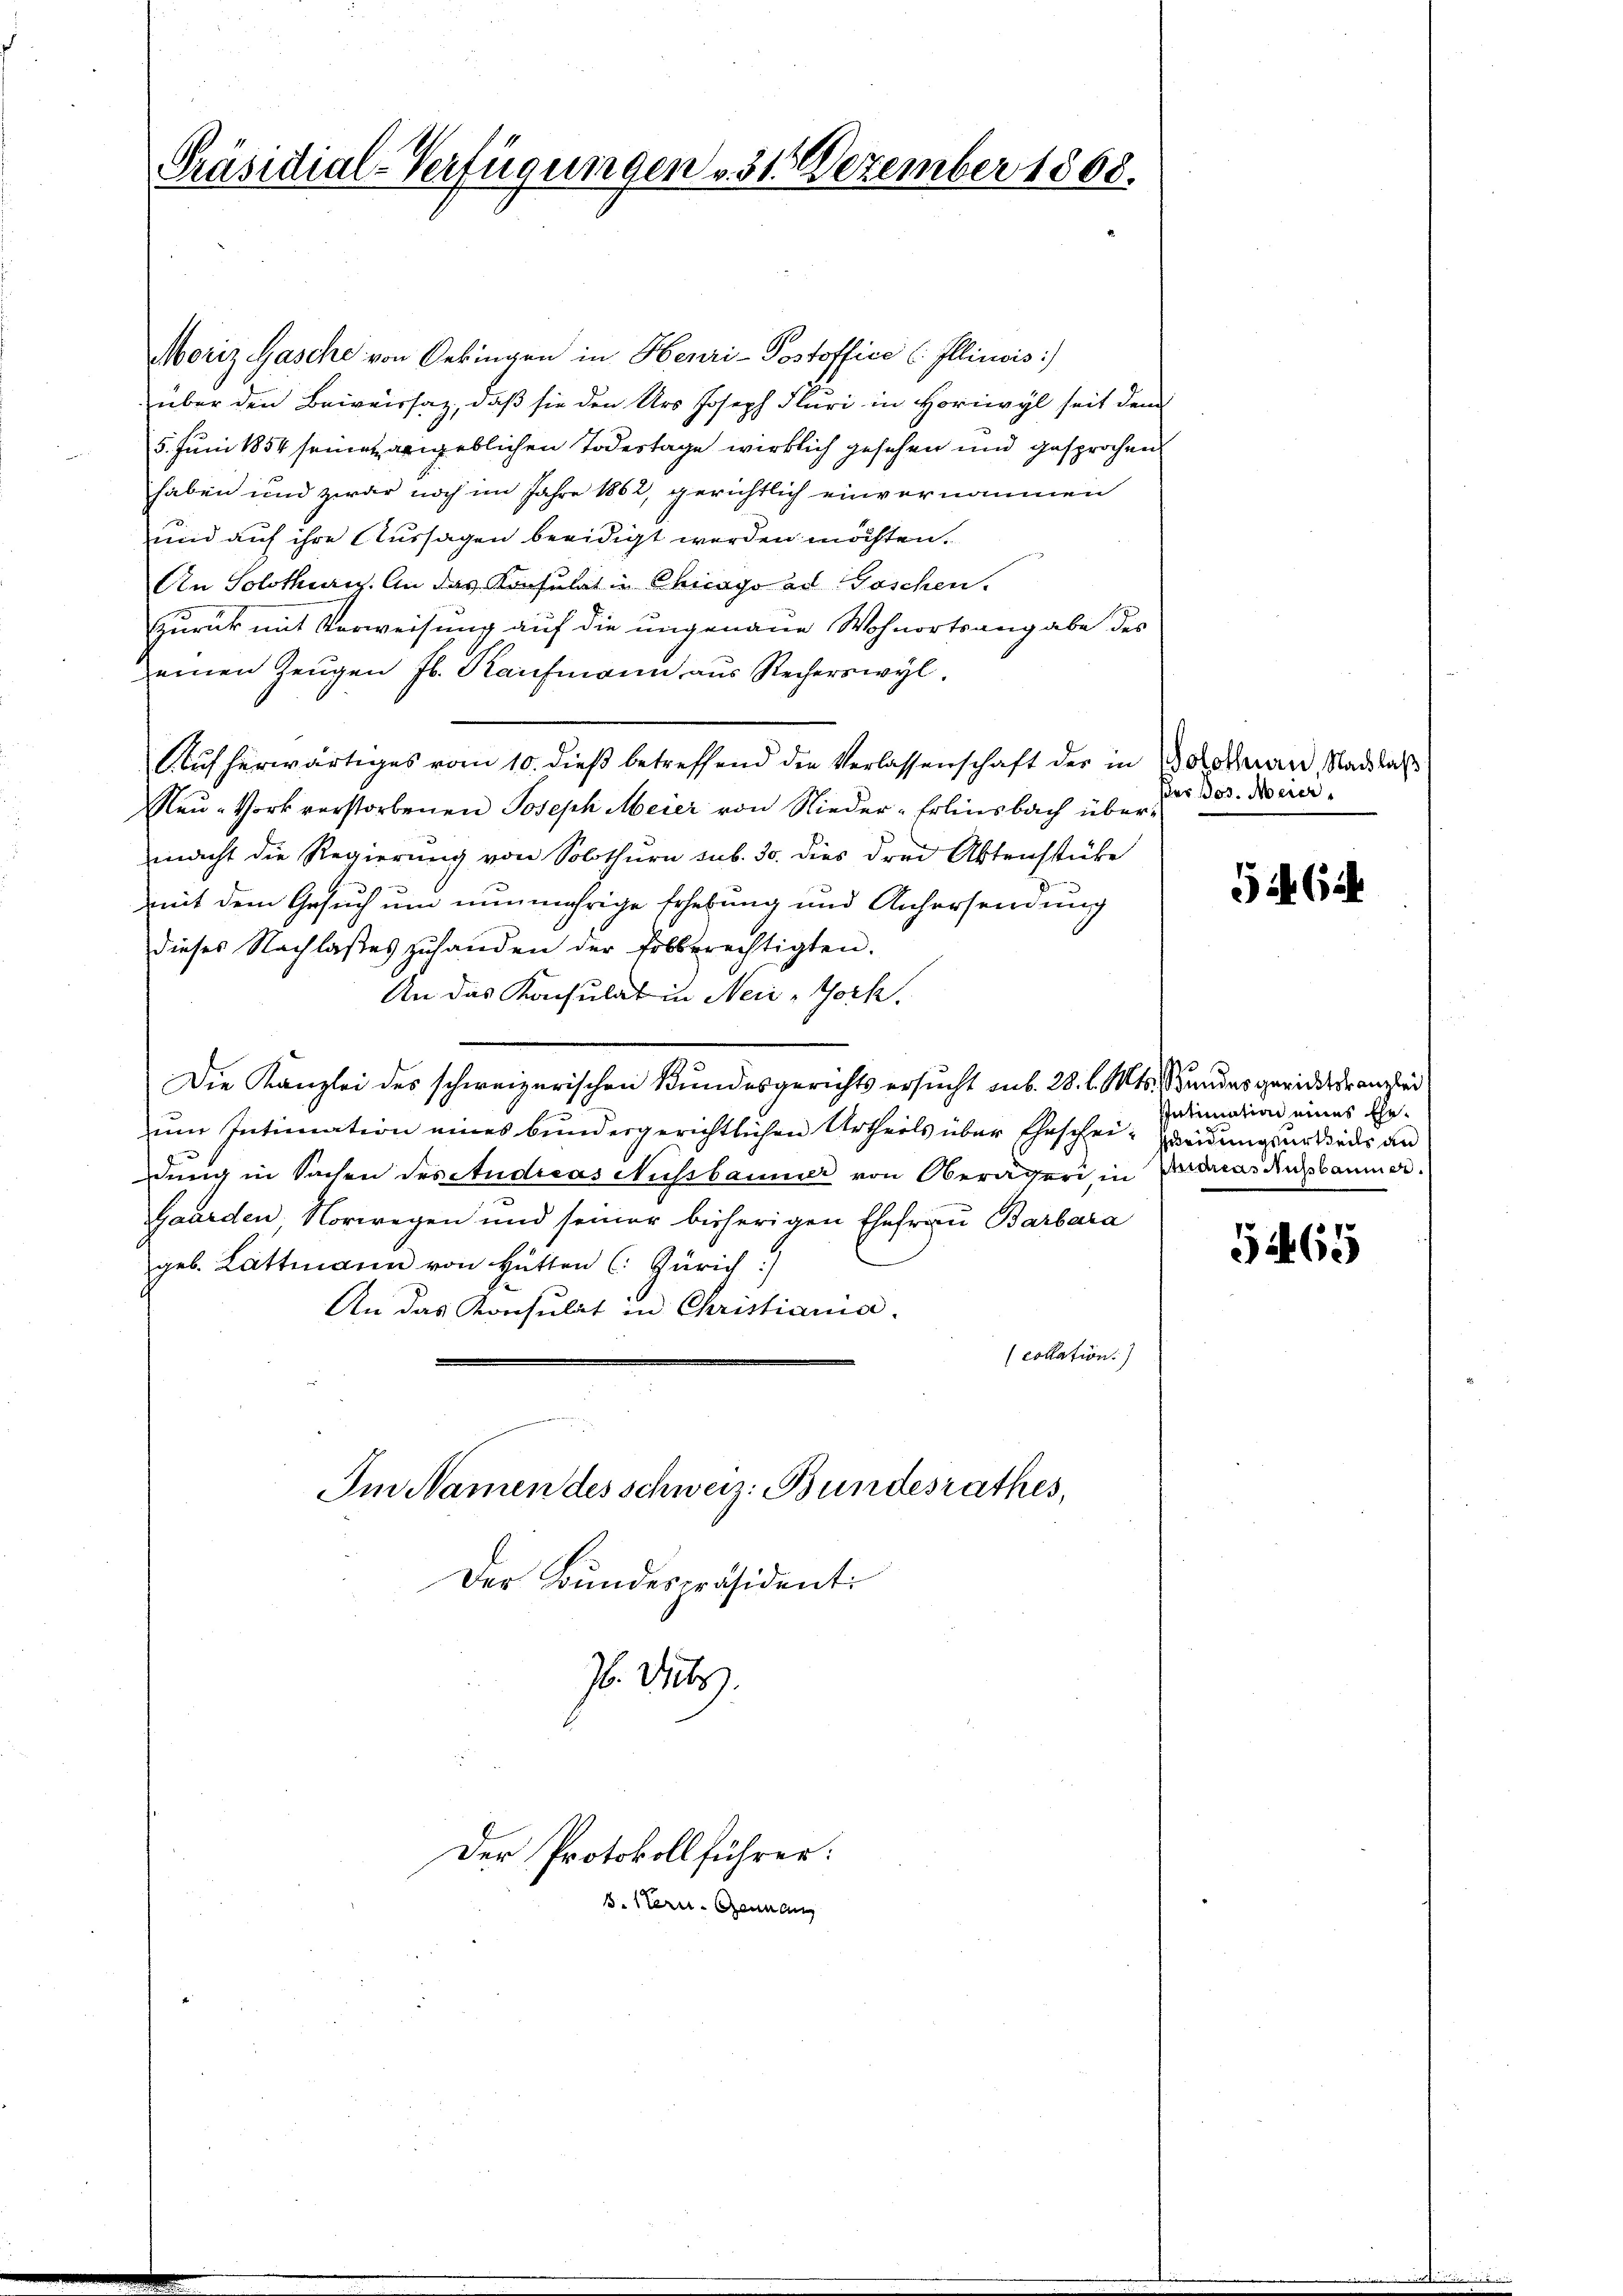
Präsidial-Verfügungen v. 31. Dezember 1868.

Moriz Hasche von Oekingen in Henri-Postoffice (Illinois
über den Beiversaz, daß sie den Urs Joseph Fluri in Horwyl seit dem
5. Juni 1854 seine angeblichen Todestage wirklich gesehen und gesprochen
haben und zwar noch im Jahre 1862, gerichtlich einvernommen
und auf ihre Aussagen beeidigt werden möchten.
An Solothurn. An das Konsulat in Chicago ad Goschen.
Zurück mit Verweisung auf die ungenaue Wohnortsangabe des
einen Zeŭgen fl. Kaufmann aus Recherswyl,
Kauf herwärtiges vom 10. dieβ betreffend den Verlassenschaft der in Boroman, Nachlaß
Neu-Vork verstorbenen Joseph Meier von Nieder-Erlinsbach übermacht die Regierung von Solothurn sub. 30. dies drei Aktenstücke
mit dem Gesuch um nunmehrige Erhebung und Anhersendung
dieses Nachlasses zuhanden der Erbberechtigten.
An das Konsulat in Neii-Tock.
Die Kanzlei des schweizerischen Bundesgerichts ersucht sub. 28. l. Mts. Stundesgerichsdranzlei
um Intimation eines bundesgerichtlichen Urtheils über Eheschei- Zueidungsartiedes an
dung in Sachen des Audieas Nussbaumer von Oberägeri in Andreas Ausbaumer¬
Gaarden, Norwegen und seiner bisherigen Ehefrau Barbara
geb. Lattmann von Hütten (: Zürich)
An das Konsulat in Christiania.
collation
Im Namen des schweiz. Bundesrathes,

Der Bundespräsident:
Z. Dubs

3. Stern Genann

Der Protokollführer:

ses Jos. Meier

5 Ci

.
Intimation eines Ehe¬

5465